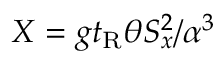
X = g t _ { \mathrm { R } } \theta S _ { x } ^ { 2 } / \alpha ^ { 3 }